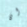
ان